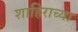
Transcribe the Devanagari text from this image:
शाहिराच्या